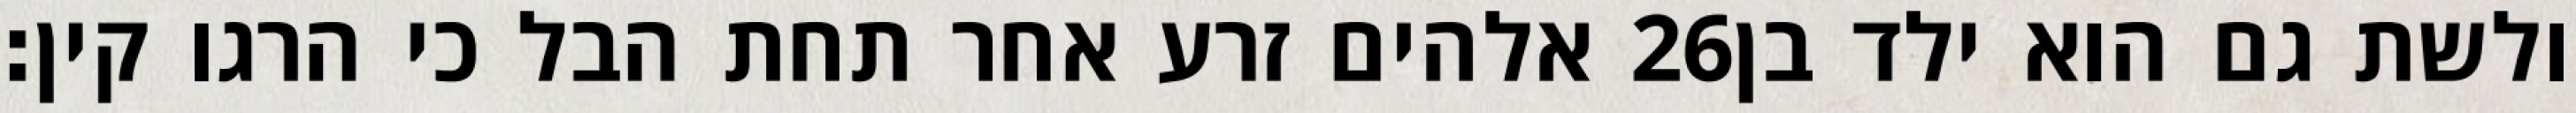
אלהים זרע אחר תחת הבל כי הרגו קין׃ ‎26‏ ולשת גם הוא ילד בן